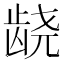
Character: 𱌰